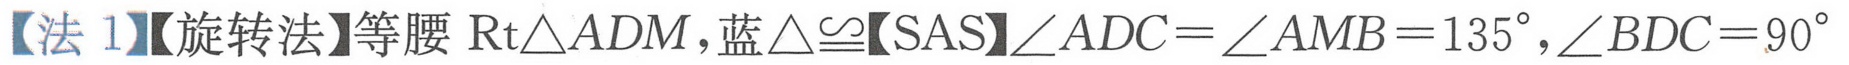
【法 1】【旋转法】等腰\(\text{Rt}\triangle ADM\),蓝\(\triangle\cong\)【SAS】\(\angle ADC=\angle AMB = 135^{\circ},\angle BDC = 90^{\circ}\)